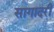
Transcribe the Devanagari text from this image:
सागादरी